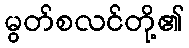
မွတ်စလင်တို့၏